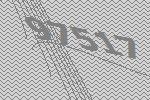
97517